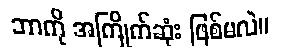
ဘာကို အကြိုက်ဆုံး ဖြစ်မလဲ။